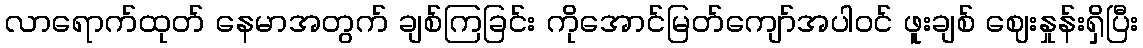
လာရောက်ထုတ် နေမာအတွက် ချစ်ကြခြင်း ကိုအောင်မြတ်ကျော်အပါဝင် ဖူးချစ် ဈေးနှုန်းရှိပြီး